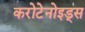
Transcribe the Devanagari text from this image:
करोटेनोइड्स